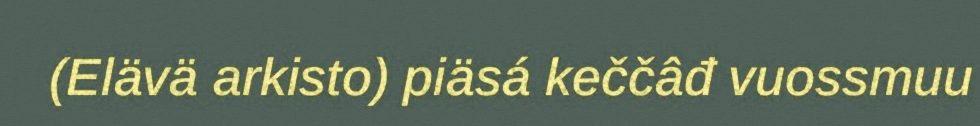
(Elävä arkisto) piäsá keččâđ vuossmuu